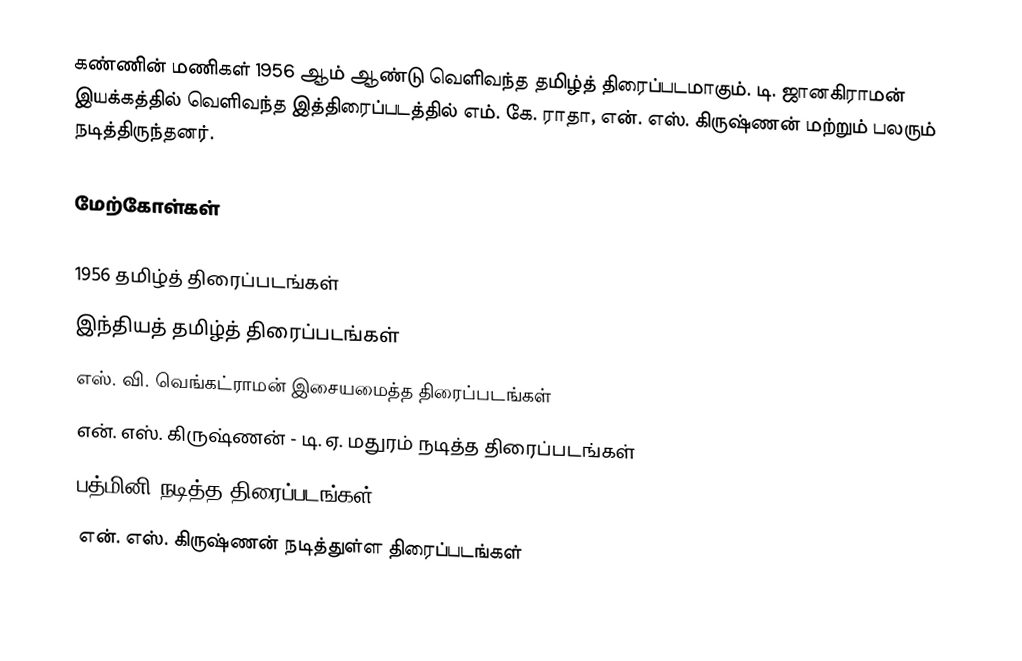
கண்ணின் மணிகள் 1956 ஆம் ஆண்டு வெளிவந்த தமிழ்த் திரைப்படமாகும். டி. ஜானகிராமன் இயக்கத்தில் வெளிவந்த இத்திரைப்படத்தில் எம். கே. ராதா, என். எஸ். கிருஷ்ணன் மற்றும் பலரும் நடித்திருந்தனர்.

மேற்கோள்கள்

1956 தமிழ்த் திரைப்படங்கள்
இந்தியத் தமிழ்த் திரைப்படங்கள்
எஸ். வி. வெங்கட்ராமன் இசையமைத்த திரைப்படங்கள்
என். எஸ். கிருஷ்ணன் - டி. ஏ. மதுரம் நடித்த திரைப்படங்கள்
பத்மினி நடித்த திரைப்படங்கள்
என். எஸ். கிருஷ்ணன் நடித்துள்ள திரைப்படங்கள்